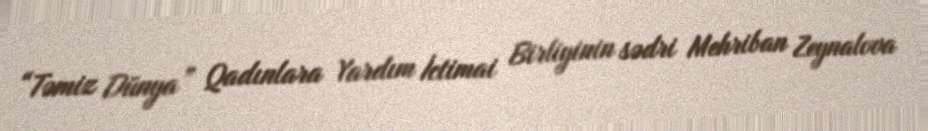
“Təmiz Dünya” Qadınlara Yardım İctimai Birliyinin sədri Mehriban Zeynalova